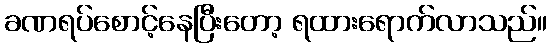
ခဏရပ်စောင့်နေပြီးတော့ ရထားရောက်လာသည်။